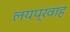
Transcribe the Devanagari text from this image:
लयप्रवाह